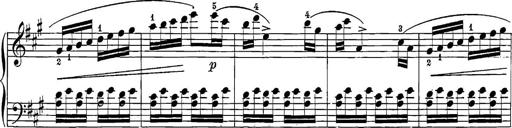
Title: 12 Sonatine per Pianoforte
Composer: Friedrich Kuhlau